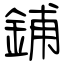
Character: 鋪